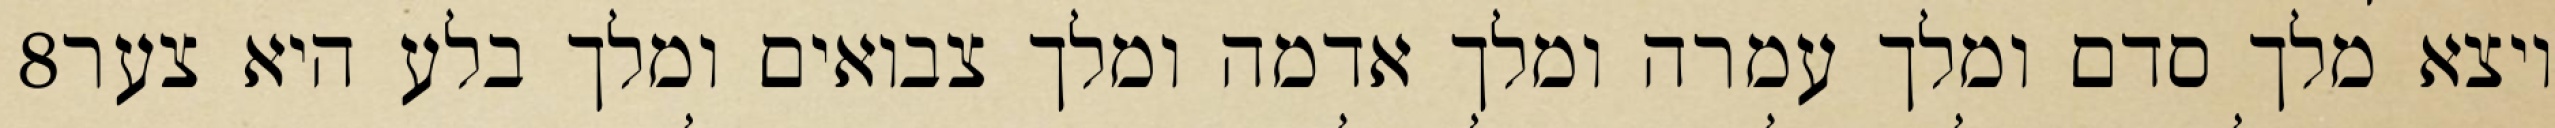
‎8‏ ויצא מלך סדם ומלך עמרה ומלך אדמה ומלך צבואים ומלך בלע היא צער